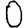
Digit: 0